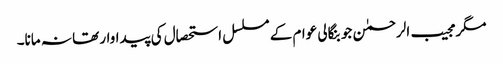
مگر مجیب الرحمٰن جو بنگالی عوام کے مسلسل استحصال کی پیداوار تھا نہ مانا۔